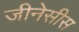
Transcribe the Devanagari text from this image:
जीनेसीस